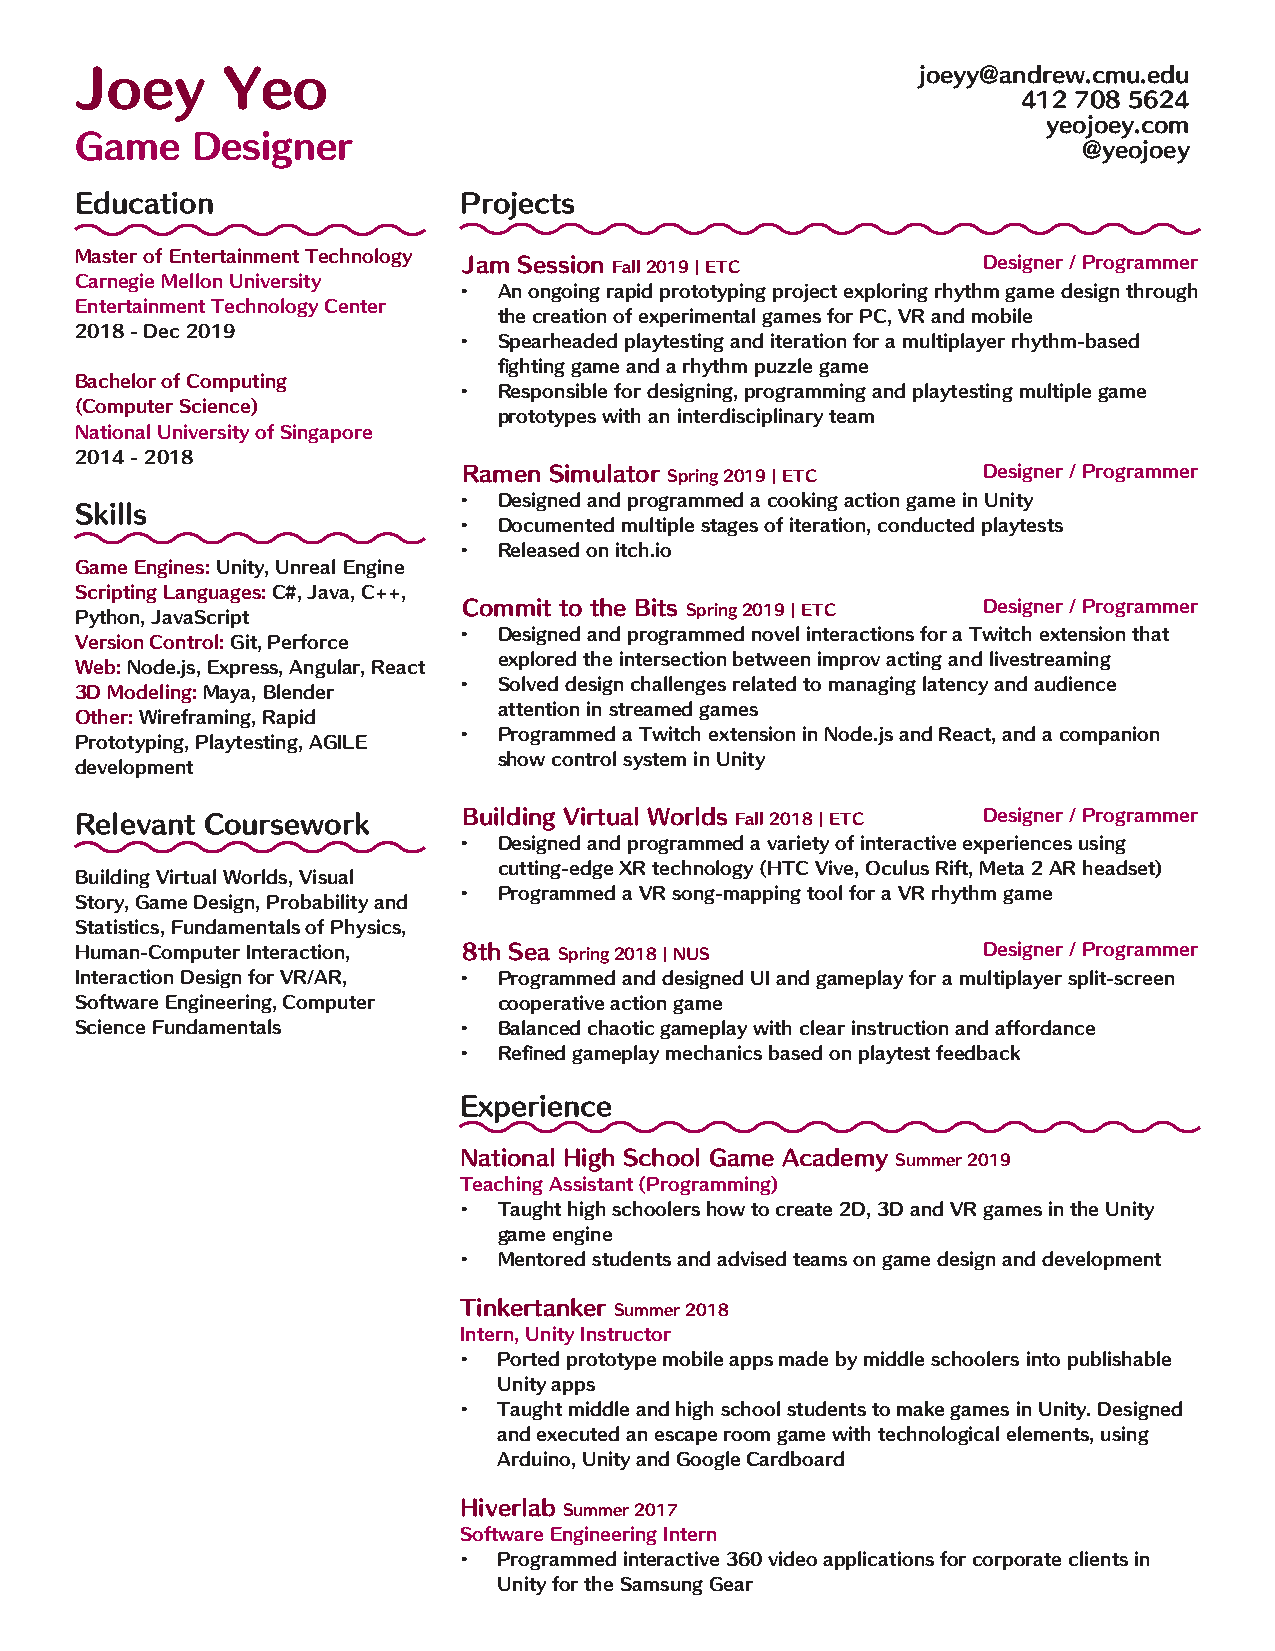
joeyy@andrew.cmu.edu
 Joey      Yeo
 412 708 5624
 yeojoey.com
 Game    Designer                                                   @yeojoey
 Education                Projects
 Master of Entertainment Technology Jam Session Fall 2019 | ETC Designer / Programmer
 Carnegie Mellon University
 •  An ongoing rapid prototyping project exploring rhythm game design through
 Entertainment Technology Center
 the creation of experimental games for PC, VR and mobile
 2018 - Dec 2019
 •  Spearheaded playtesting and iteration for a multiplayer rhythm-based
 fighting game and a rhythm puzzle game
 Bachelor of Computing
 •  Responsible for designing, programming and playtesting multiple game
 (Computer Science)
 prototypes with an interdisciplinary team
 National University of Singapore
 2014 - 2018
 Ramen Simulator Spring 2019 | ETC Designer / Programmer
 •  Designed and programmed a cooking action game in Unity
 Skills
 •  Documented multiple stages of iteration, conducted playtests
 •  Released on itch.io
 Game Engines: Unity, Unreal Engine
 Scripting Languages: C#, Java, C++,
 Commit to the Bits Spring 2019 | ETC Designer / Programmer
 Python, JavaScript
 •  Designed and programmed novel interactions for a Twitch extension that
 Version Control: Git, Perforce
 explored the intersection between improv acting and livestreaming
 Web: Node.js, Express, Angular, React
 •  Solved design challenges related to managing latency and audience
 3D Modeling: Maya, Blender
 attention in streamed games
 Other: Wireframing, Rapid
 •  Programmed a Twitch extension in Node.js and React, and a companion
 Prototyping, Playtesting, AGILE
 show control system in Unity
 development
 Relevant Coursework       Building Virtual Worlds Fall 2018 | ETC Designer / Programmer
 •  Designed and programmed a variety of interactive experiences using
 cutting-edge XR technology (HTC Vive, Oculus Rift, Meta 2 AR headset)
 Building Virtual Worlds, Visual
 •  Programmed a VR song-mapping tool for a VR rhythm game
 Story, Game Design, Probability and
 Statistics, Fundamentals of Physics,
 Human-Computer Interaction, 8th Sea Spring 2018 | NUS       Designer / Programmer
 Interaction Design for VR/AR, • Programmed and designed UI and gameplay for a multiplayer split-screen
 Software Engineering, Computer cooperative action game
 Science Fundamentals     •  Balanced chaotic gameplay with clear instruction and affordance
 •  Refined gameplay mechanics based on playtest feedback
 Experience
 National High School Game Academy Summer 2019
 Teaching Assistant (Programming)
 •  Taught high schoolers how to create 2D, 3D and VR games in the Unity
 game engine
 •  Mentored students and advised teams on game design and development
 Tinkertanker Summer 2018
 Intern, Unity Instructor
 •  Ported prototype mobile apps made by middle schoolers into publishable
 Unity apps
 •  Taught middle and high school students to make games in Unity. Designed
 and executed an escape room game with technological elements, using
 Arduino, Unity and Google Cardboard
 Hiverlab Summer 2017
 Software Engineering Intern
 •  Programmed interactive 360 video applications for corporate clients in
 Unity for the Samsung Gear